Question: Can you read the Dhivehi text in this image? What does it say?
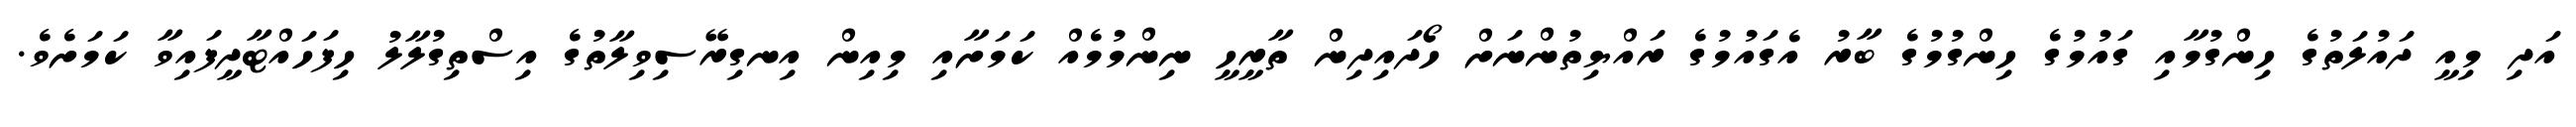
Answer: އަދި މިއީ ދައުލަތުގެ ހިންގުމާއި ގައުމުގެ ހިންގުމުގެ ބާރު އެގައުމުގެ ރައްޔިތުންނަށް ހޯދައިދިން ތާރީހީ ނިންމުމެއް ކަމަށާއި މިއިން އިނގިރޭސިވިލާތުގެ އިސްތިގުލާލު ހިފަހައްޓާދީފައިވާ ކަމަށެވެ.